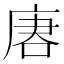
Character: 𰇺